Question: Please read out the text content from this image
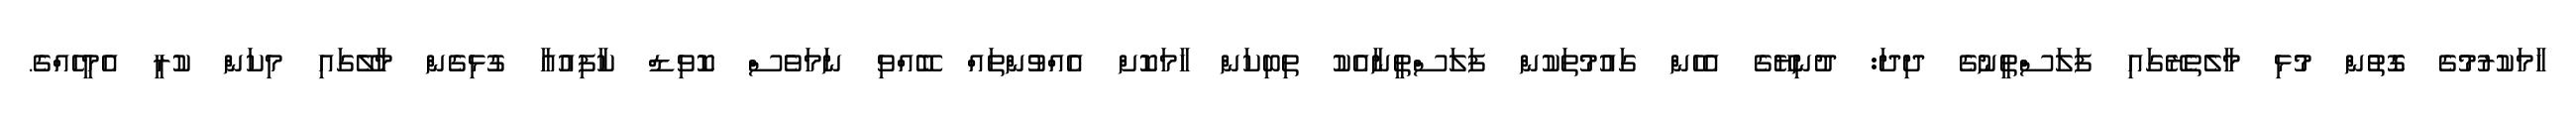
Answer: ހާމަކުރުމުގެ ގޮތުން މުޅި މާލެތެރޭގައި ފަލަސްތީނުގެ ދިދަ: ދުނިޔޭގެ އެހެން ގައުމުތަކުން ފަލަސްތީނާއެކު ތިބިކަން ހާމަކޮށް އެއްވުންތައް ބޭއްވި ނަމަވެސް ކޮވިޑް ކާފިއުއާ ގުޅިގެން މާލޭގައި މިކަން ކުރީ އެމީހެއްގެ.